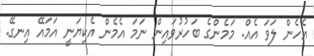
އެހެން ލަވަ އެއް. މަމެންގެ ބަހުރުވައިން ނަމަ އެމެން އެކިޔަނީ އަމައޭ އިނގޭ.